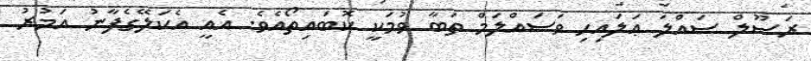
ރަސޫލް ޞައްލަ ޢަލައިހި ވަސައްލަމް ތަބާ ވުމަކީ ކޮބައިތޯއެވެ. އެއީ އެކަލޭގެފާނު އަމުރު